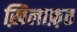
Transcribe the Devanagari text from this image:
ख़िलाफ़़त